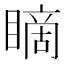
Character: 䁤